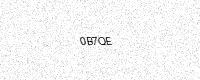
Text: 0B7QE